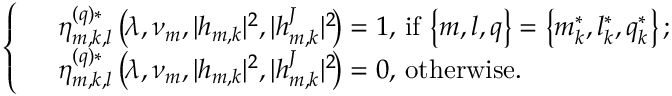
\left\lbrace \begin{array} { r l } & { \eta _ { m , k , l } ^ { ( q ) \ast } \left( \! \lambda , \nu _ { m } , | h _ { m , k } | ^ { 2 } , | h _ { m , k } ^ { J } | ^ { 2 } \! \right) = 1 , \, \mathrm { { i f } } \, \left\lbrace m , l , q \right\rbrace = \left\lbrace m _ { k } ^ { \ast } , l _ { k } ^ { \ast } , q _ { k } ^ { \ast } \right\rbrace ; } \\ & { \eta _ { m , k , l } ^ { ( q ) \ast } \left( \! \lambda , \nu _ { m } , | h _ { m , k } | ^ { 2 } , | h _ { m , k } ^ { J } | ^ { 2 } \! \right) = 0 , \, { \mathrm { o t h e r w i s e } } . } \end{array} \right.